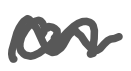
Text: on
Cross-out: wave
Writing tool: digital_gray